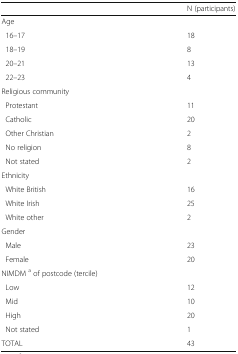
|  | N (participants) |
 | --- | --- |
 | <COLSPAN=2> Age |
 | 16–17 | 18 |
 | 18–19 | 8 |
 | 20–21 | 13 |
 | 22–23 | 4 |
 | <COLSPAN=2> Religious community |
 | Protestant | 11 |
 | Catholic | 20 |
 | Other Christian | 2 |
 | No religion | 8 |
 | Not stated | 2 |
 | Ethnicity |  |
 | White British | 16 |
 | White Irish | 25 |
 | White other | 2 |
 | <COLSPAN=2> Gender |
 | Male | 23 |
 | Female | 20 |
 | <COLSPAN=2> NIMDM a of postcode (tercile) |
 | Low | 12 |
 | Mid | 10 |
 | High | 20 |
 | Not stated | 1 |
 | TOTAL | 43 |